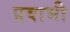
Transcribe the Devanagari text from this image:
प्रवाभी